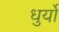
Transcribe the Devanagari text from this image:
धुर्यो